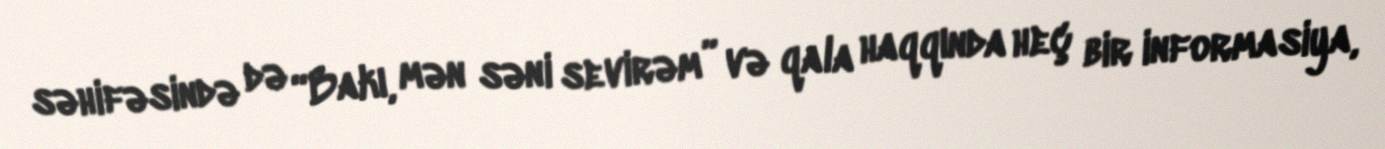
səhifəsində də “Bakı, mən səni sevirəm” və qala haqqında heç bir informasiya,